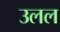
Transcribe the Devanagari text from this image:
उलल